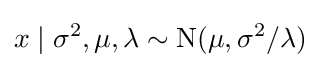
x\mid \sigma ^{2},\mu ,\lambda \sim \mathrm {N} (\mu ,\sigma ^{2}/\lambda )\,\!